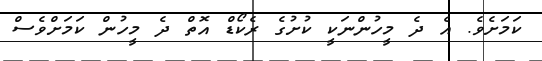
ކަމަށެވެ. އެ ދެ މީހުންނަކީ ކުށުގެ ރެކޯޑް އޮތް ދެ މީހުން ކަމަށްވެސް